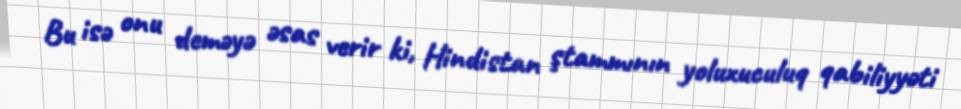
Bu isə onu deməyə əsas verir ki, Hindistan ştammının yoluxuculuq qabiliyyəti